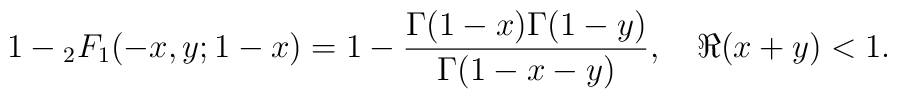
1-{}_2F_1(-x,y;1-x) = 1-\frac{\Gamma(1-x)\Gamma(1-y)}{\Gamma(1-x-y)}, \quad\Re(x+y)<1.